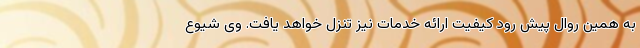
به همین روال پیش رود کیفیت ارائه خدمات نیز تنزل خواهد یافت. وی شیوع